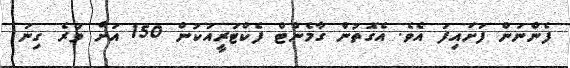
ފެންނަން ފަށައިފަ އެވެ. އެގޮތުން ގާމެންޓް ފެކްޓަރީއަކުން 150 އަށް ވުރެ ގިނަ